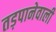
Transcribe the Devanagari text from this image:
तड़पानेवाली